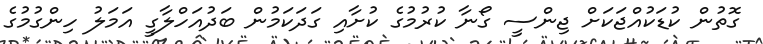
ގޮތުން ކުޑަކުއްޖަކަށް ޖިންސީ ގޯނާ ކުރުމުގެ ކުށާއި ގަދަކަމުން ބަދުއަހްލާގީ އަމަލު ހިންގުމުގެ